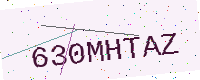
Text: 630MHTAZ